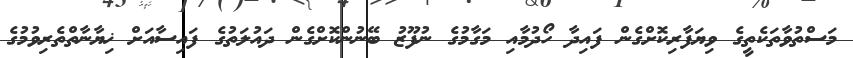
މަސްތުވާތަކެތީގެ ވިޔަފާރިކޮށްގެން ފައިދާ ހޯދުމާއި މަގާމުގެ ނުފޫޒު ބޭނުންކޮށްގެން ދައުލަތުގެ ފައިސާއަށް ޚިޔާނާތްތެރިވުމުގެ